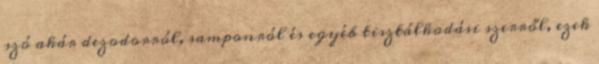
szó akár dezodorról, samponról és egyéb tisztálkodási szerről, ezek